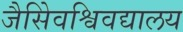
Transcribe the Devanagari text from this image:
जैसेिवश्विवद्यालय